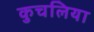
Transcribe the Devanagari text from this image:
कुचलिया